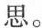
思。